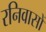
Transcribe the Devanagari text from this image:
रनिवासों